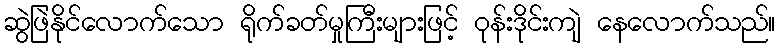
ဆွဲဖြဲနိုင်လောက်သော ရိုက်ခတ်မှုကြီးများဖြင့် ဝုန်းဒိုင်းကျဲ နေလောက်သည်။